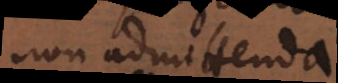
non admittenda.